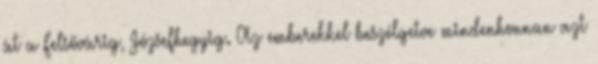
át a Felsővárig, Józsefhegyig. Az emberekkel beszélgetve mindenhonnan azt